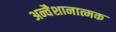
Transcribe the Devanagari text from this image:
अन्वैशानात्मक